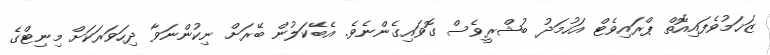
ޒަޚަމުވެފައިއޮތް ޕްރައިވެޓް އަހުމަދު ބުޝްރީވެސް ގޮވައިގެންނެވެ. އެބޭކަލުން ބޭރަށް ނިކުންނަވާ ދިހަވަރަކަށް މިނިޓްގެ